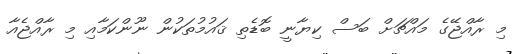
މި ރާއްޖޭގެ މައްޗަށް ބަސް ކިޔާނީ ބޮޑެތި ޤައުމުތަކުން ނޫންކަމާއި މި ރާއްޖެއާ